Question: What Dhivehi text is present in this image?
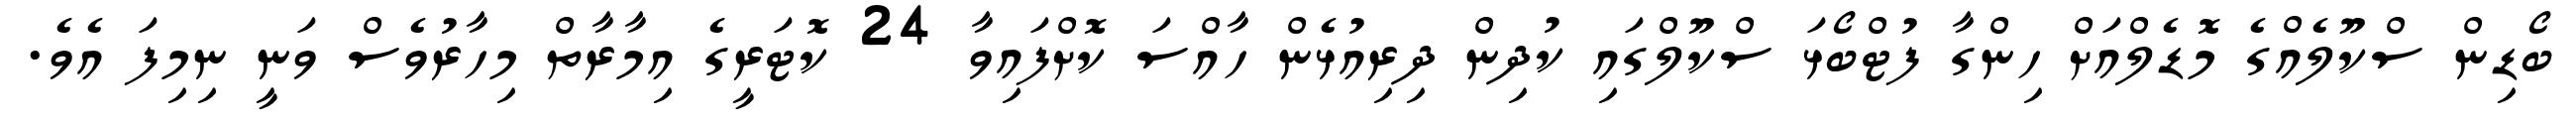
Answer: ބޯޑިން ސްކޫލެއްގެ މޮޑެލްއަށް ހިންގާ ފުޓްބޯޅަ ސްކޫލްގައި ކުދިން ދިރިއުޅެން ހާއްސަ ކޮށްފައިވާ 24 ކޮޓަރީގެ އިމާރާތް މިހާރުވެސް ވަނީ ނިމިފަ އެވެ.